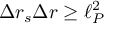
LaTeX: \Delta r _ { s } \Delta r \geq \ell _ { P } ^ { 2 }